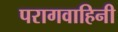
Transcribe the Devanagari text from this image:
परागवाहिनी